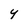
Character: Y